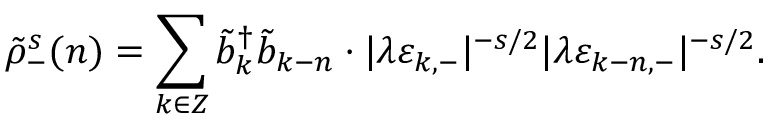
\tilde { \rho } _ { - } ^ { s } ( n ) = \sum _ { k \in \cal Z } \tilde { b } _ { k } ^ { \dagger } \tilde { b } _ { k - n } \cdot | \lambda \varepsilon _ { k , - } | ^ { - s / 2 } | \lambda \varepsilon _ { k - n , - } | ^ { - s / 2 } .